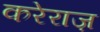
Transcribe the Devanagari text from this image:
करेराज़